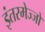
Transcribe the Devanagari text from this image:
इंतरमेज्जो